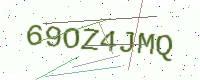
Text: 69OZ4JMQ